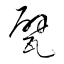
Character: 甓